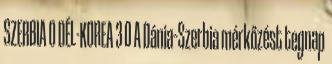
SZERBIA 0 DÉL-KOREA 3 0 A Dánia–Szerbia mérkőzést tegnap